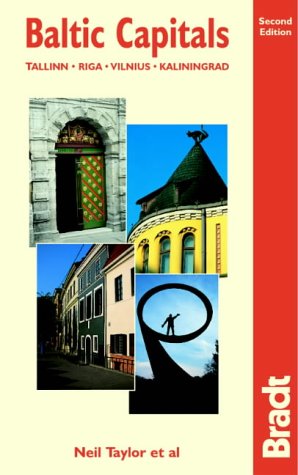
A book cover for Baltic Capitals, 2nd: Tallinn, Riga, Vilnius and Kaliningrad; Neil Taylor; Travel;